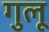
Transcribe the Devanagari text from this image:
गुलू